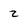
Character: 2